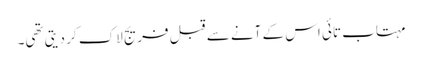
مہتاب تائی اس کے آنے سے قبل فریج لاک کر دیتی تھی۔